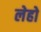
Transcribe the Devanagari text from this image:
लेहो